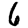
Digit: 6